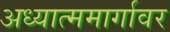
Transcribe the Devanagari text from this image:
अध्यात्ममार्गावर